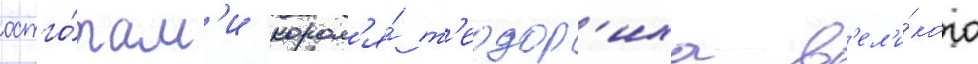
остго́там'и корол'я́ т'еодор'иха в'ел'и́кого